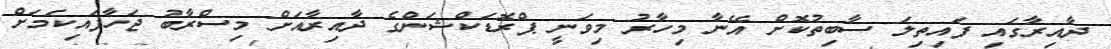
ދާއިރާގައި ފައިތިލަ ސާބިތުކޮށް އޭނާ މިހާރު މިވަނީ ޕްރޮޑަކްޝަންގެ ދާއިރާއަށް މިސްރާބު ޖަހާފައިކަމަށް